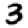
Digit: 3